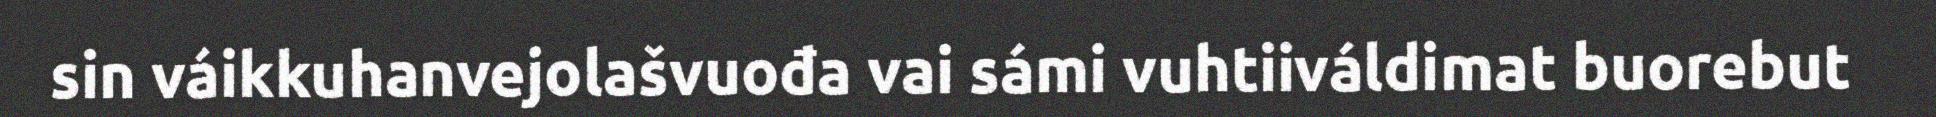
sin váikkuhanvejolašvuođa vai sámi vuhtiiváldimat buorebut